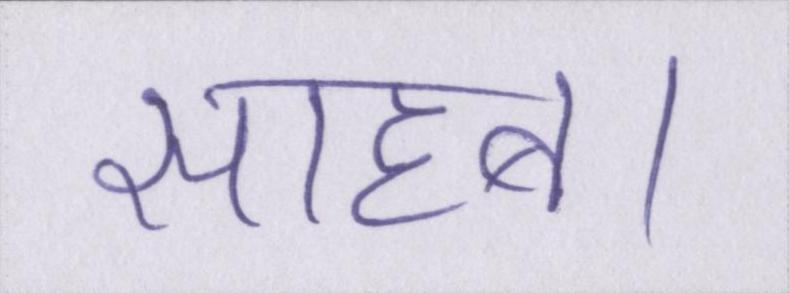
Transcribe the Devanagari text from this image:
साहब।